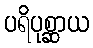
ပရိပုစ္ဆာယ